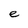
Character: e